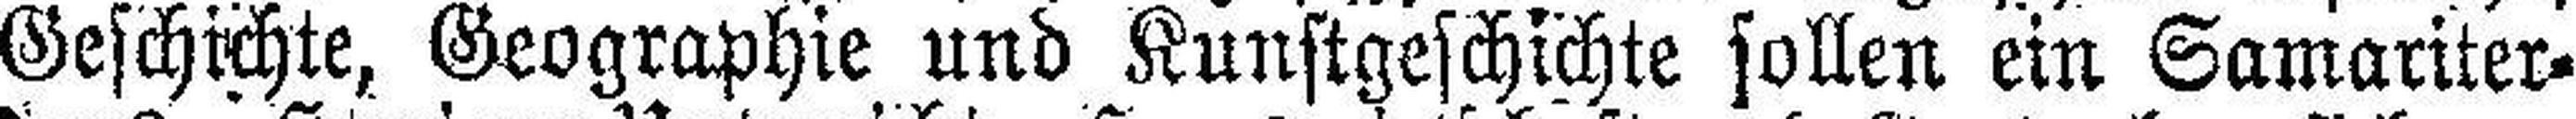
Geschichte, Geographie und Kunstgeschichte sollen ein Samariter¬